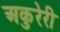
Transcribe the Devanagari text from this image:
अकुरेरी